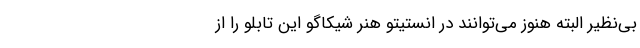
بی‌نظیر البته هنوز می‌توانند در انستیتو هنر شیکاگو این تابلو را از